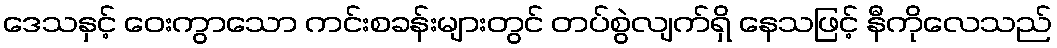
ဒေသနှင့် ဝေးကွာသော ကင်းစခန်းများတွင် တပ်စွဲလျက်ရှိ နေသဖြင့် နီကိုလေသည်